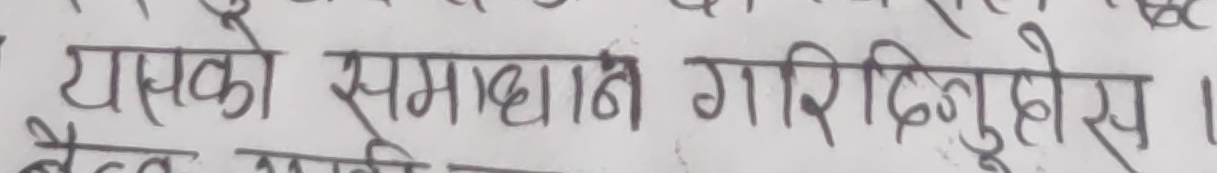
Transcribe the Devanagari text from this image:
यसको समाधान गरिदिनुहोस ।